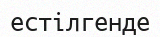
естілгенде